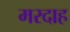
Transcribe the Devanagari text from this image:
मरदाह